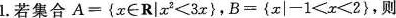
1. 若集合$$A = { x \in R | x ^ { 2 } < 3 x } $$，$$B = { x | - 1 < x < 2 }$$，则